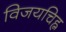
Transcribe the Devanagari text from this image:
विजयचिह्न